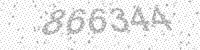
Solution: 866344